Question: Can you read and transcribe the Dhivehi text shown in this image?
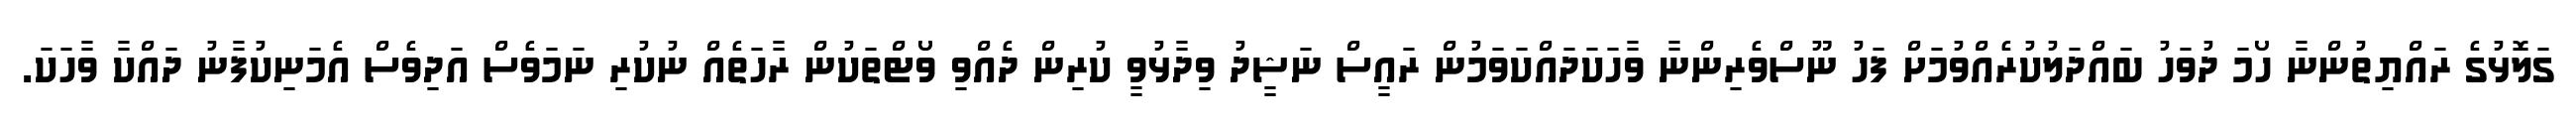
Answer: ގަލޮޅުގެ ރައްޔިތުންނާ ހޯމަ ދުވަހު ބައްދަލުކުރެއްވުމަށް ފަހު ނޫސްވެރިންނާ ވާހަކަދައްކަވަމުން ރައީސް ނަޝީދު ވިދާޅުވީ ކުރިން ދެއްވި ވޯޓްތަކުން ރާހަތެއް ނުކުރި ނަމަވެސް އަދިވެސް އެމަނިކުފާނު ދައްކާ ވާހަކަ.